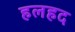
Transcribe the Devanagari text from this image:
हलहद